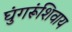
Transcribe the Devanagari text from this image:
घुंगरूंशिवाय